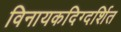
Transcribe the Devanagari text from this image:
विनायकदिग्दर्शित